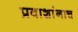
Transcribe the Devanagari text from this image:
प्रवाशांनाच